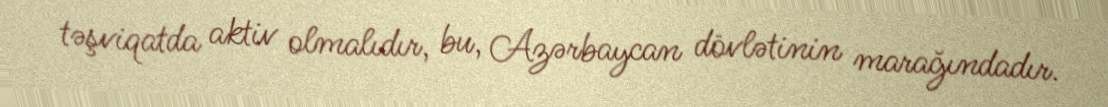
təşviqatda aktiv olmalıdır, bu, Azərbaycan dövlətinin marağındadır.